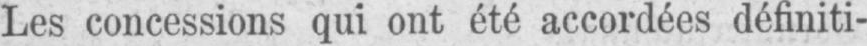
Les concessions qui ont été accordées définiti-